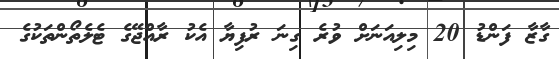
ގާޒާ ފަންޑު 20 މިލިއަނަށް ވުރެ ގިނަ ރުފިޔާ އެކު ރާއްޖޭގެ ޓެލެތޯންތަކުގެ